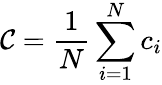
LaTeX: \mathcal{C}=\frac{{1}}{{N}}\sum_{i=1}^{N}c_{i}